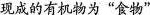
现成是有机物为“食物”